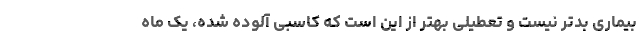
بیماری بدتر نیست و تعطیلی بهتر از این است که کاسبی آلوده شده، یک ماه